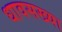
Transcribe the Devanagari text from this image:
धावसख्या